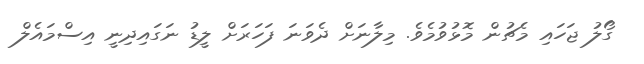
ގޯލު ޖަހައި މެޗުން މޮޅުވުމެވެ. މިލާނަށް ދެވަނަ ފަހަރަށް ލީޑު ނަގައިދިނީ އިސްމައެލް